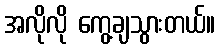
အလိုလို ကွေ့ချသွားတယ်။